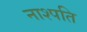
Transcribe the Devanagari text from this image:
नाश्पति